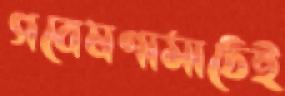
গবেষণামাঠেই